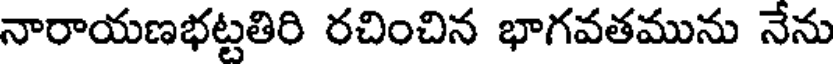
నారాయణభట్టతిరి రచించిన భాగవతమును నేను